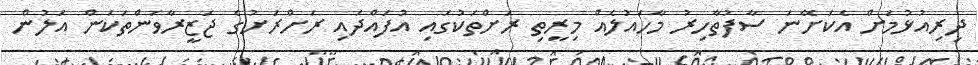
ދިރިއުޅުމަށް އެކަށޭނަ ސާފުތާހިރު މާހައުލެއް މިރީތި ރަށްތަކުގައި އުފައްދައި ރަށްރަށުގެ ޖަޒީރާވަންތަކަން އަލުން